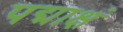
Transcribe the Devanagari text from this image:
पद्माक्षं